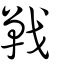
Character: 戰